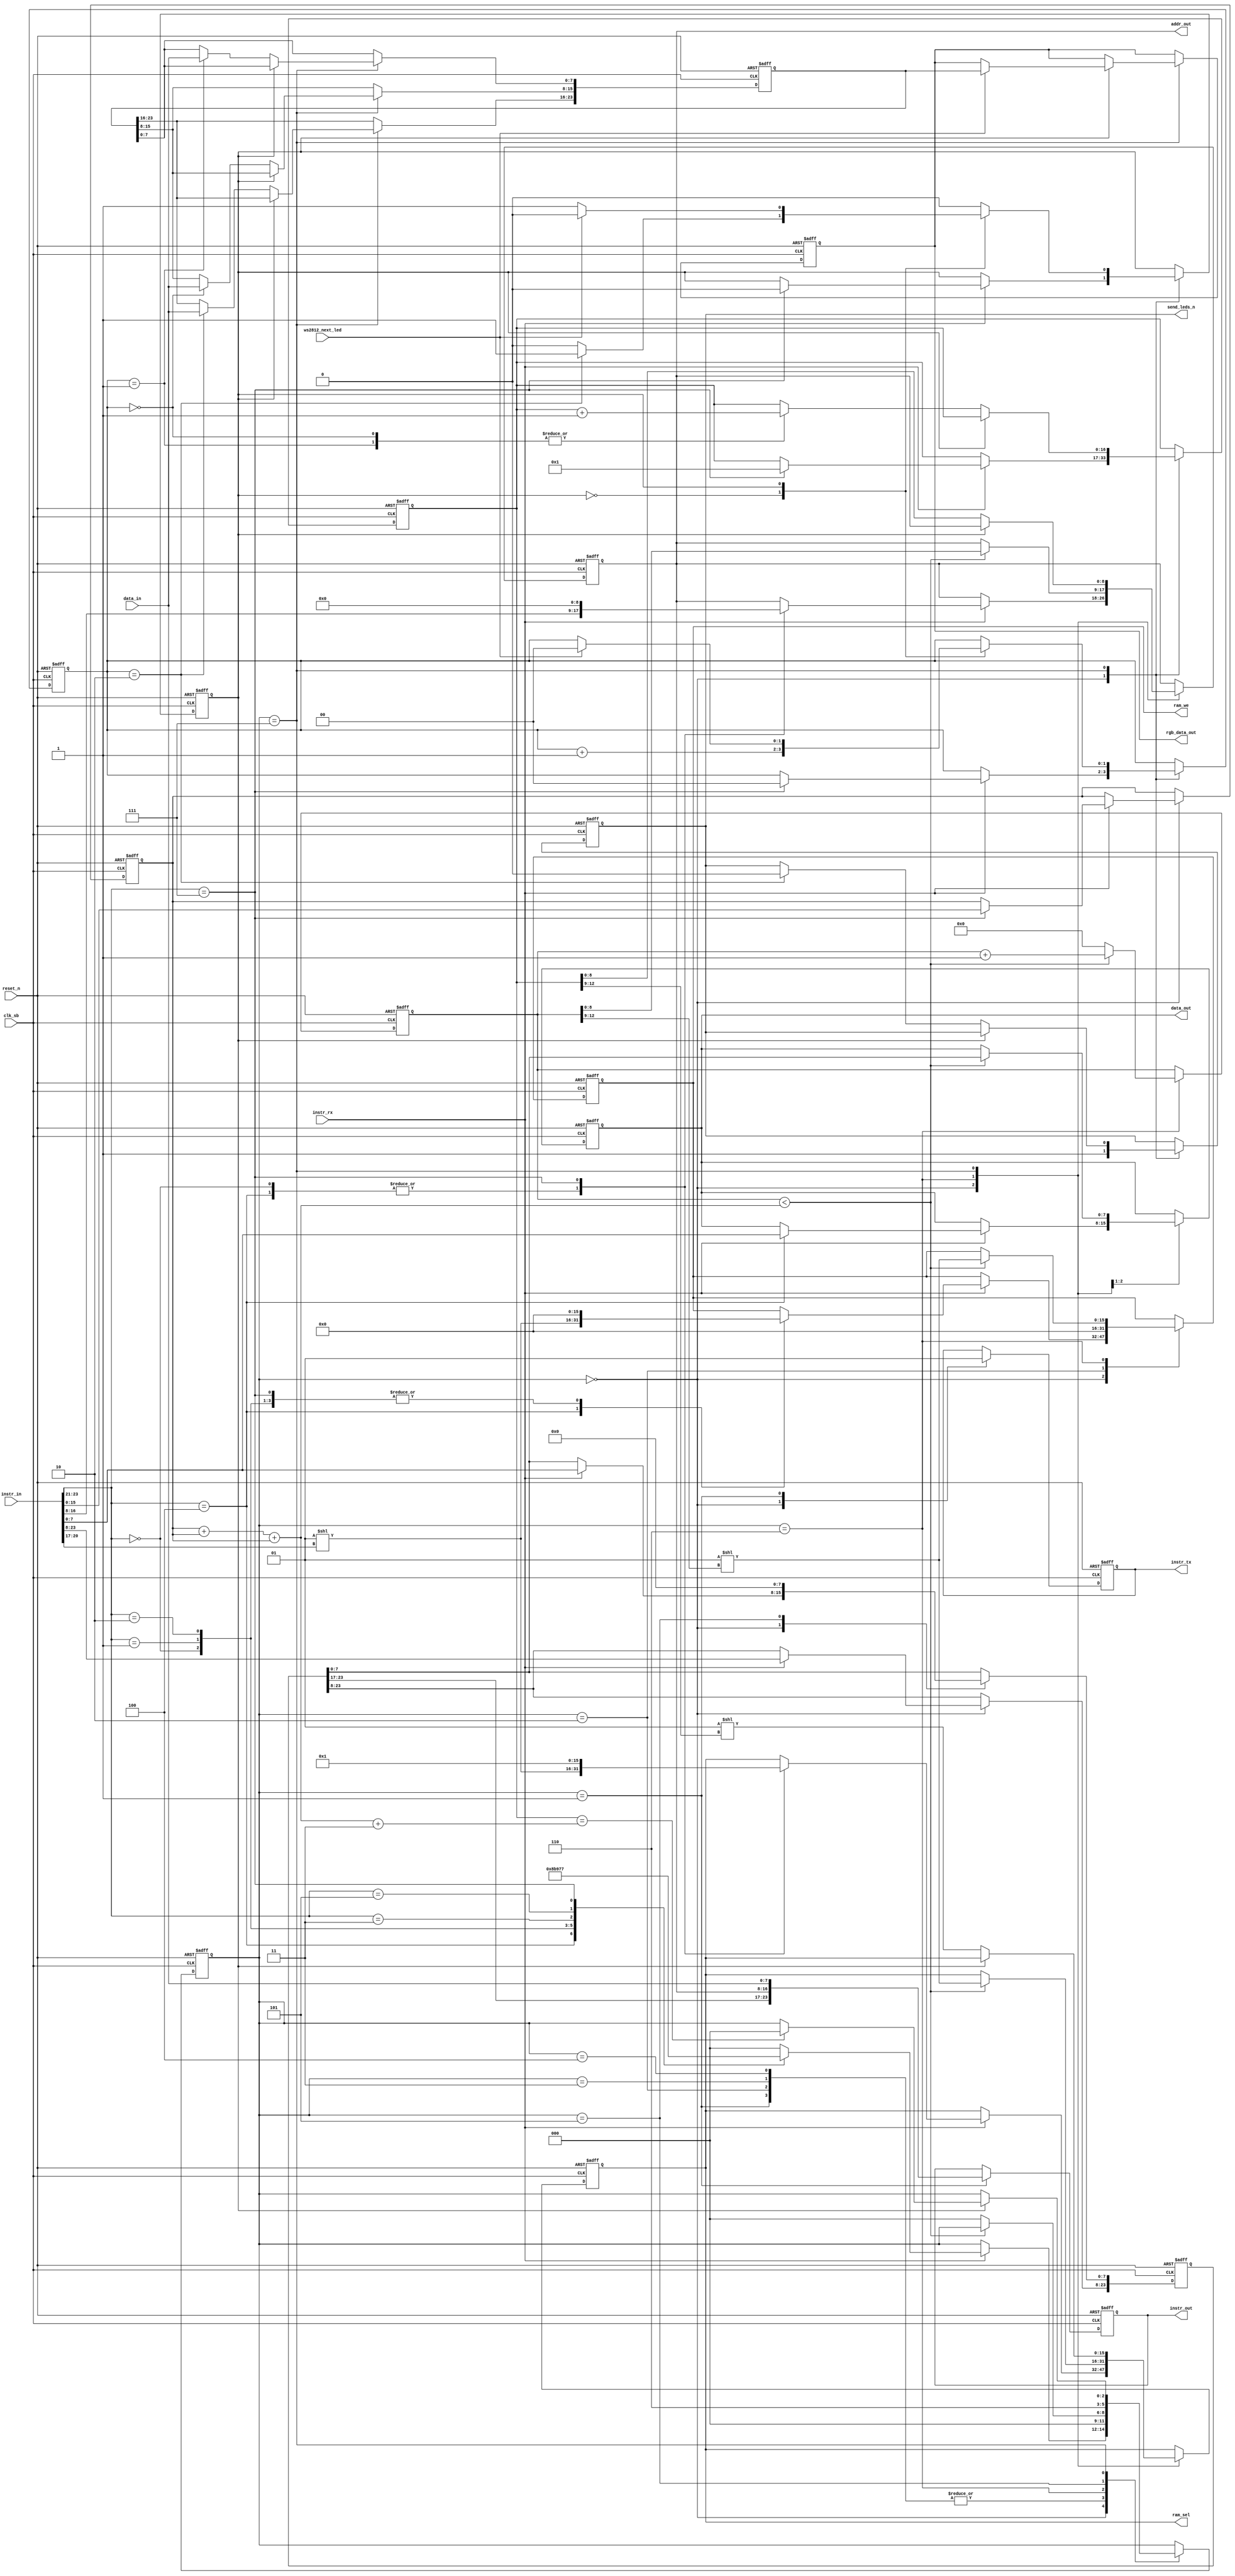
module sb_translator(
	input reset_n,
	input clk_sb,
	input [23:0] instr_in,
	input instr_rx,
	input [7:0] data_in,
	
	output reg [23:0] instr_out,
	output reg instr_tx,
	output reg [7:0] data_out,
	output reg [8:0] addr_out,
	output reg [15:0] ram_sel,
	output reg [15:0] ram_we,
	
	input ws2812_next_led,
	output reg send_leds_n,
	output reg [23:0] rgb_data_out
);

//Define state machine states
localparam STATE_IDLE = 0;
localparam STATE_READ = 1;
localparam STATE_WRITE = 2;
localparam STATE_SET_SETTING = 3;
localparam STATE_GET_SETTING = 4;
localparam STATE_CLEAR_RAM = 5;
localparam STATE_FILL_RAM = 6;
localparam STATE_SEND_LEDS = 7;

//Define settings parameters
reg [15:0] num_leds;

reg [17:0] cnt;

reg [2:0] state;
reg [23:0] instr_tmp;

//Send LED registers
reg [23:0] rgb_data_tmp;
reg [1:0] cnt_ram_read;
reg [16:0] cnt_leds;

//Define WS2812 controller states
localparam STATE_SEND_LEDS_PREPARE_DATA = 0;
localparam STATE_SEND_LEDS_WAIT = 1;
reg state_leds;

always @(posedge clk_sb or negedge reset_n)
begin
	if(~reset_n)
	begin
		state <= STATE_IDLE;
		cnt <= 0;
		instr_tx <= 0;
		instr_tmp <= 0;
		rgb_data_out <= 0;
		rgb_data_tmp <= 0;
		cnt_ram_read <= 0;
		cnt_leds <= 0;
		num_leds <= 0;
		ram_sel <= 0;
		ram_we <= 0;
		send_leds_n <= 0;
		data_out <= 0;
		addr_out <= 0;
		instr_out <= 0;
		state_leds <= STATE_SEND_LEDS_PREPARE_DATA;
	end
	else
	begin
		case(state)
			STATE_IDLE : begin
				instr_tx <= 1'b0;
				send_leds_n <= 1'b1; //Invert for active low
				if(instr_rx)
				begin
					instr_tmp <= instr_in;
					case(instr_in[23:21])
						3'b100 : begin
							state <= STATE_WRITE;
							ram_we <= 1 << instr_in[20:17];
							ram_sel <= 1 << instr_in[20:17];
							data_out <= instr_in[7:0];
							addr_out <= instr_in[16:8];
						end
						3'b000 : begin
							state <= STATE_READ;
							ram_we <= 0;
							ram_sel <= 1 << instr_in[20:17];
							addr_out <= instr_in[16:8];
						end
						3'b001 : begin
							state <= STATE_SET_SETTING;
							ram_we <= 0;
						end
						3'b010 : begin
							state <= STATE_GET_SETTING;
							ram_we <= 0;
						end
						3'b011 : begin
							state <= STATE_CLEAR_RAM;
						end
						3'b101 : begin
							state <= STATE_FILL_RAM;
						end
						3'b111 : begin
							state <= STATE_SEND_LEDS;
							state_leds <= STATE_SEND_LEDS_PREPARE_DATA;
							addr_out <= 0;
							ram_we <= 0;
							ram_sel <= 1;
							cnt_leds <= 1;
							cnt_ram_read <= 0;
							num_leds <= instr_in[15:0];
						end
						default : begin
							state <= STATE_IDLE;
						end
					endcase
				end
			end
			STATE_READ : begin
				instr_tx <= 1'b1;
				state <= STATE_IDLE;
				instr_out <= {instr_tmp[23:17], addr_out, data_in};
			end
			STATE_WRITE : begin
				state <= STATE_IDLE;
				ram_we <= 0;
			end
			STATE_SET_SETTING : begin
				state <= STATE_IDLE;
			end
			STATE_GET_SETTING : begin
				state <= STATE_IDLE;
			end
			STATE_FILL_RAM : begin
				if(cnt < num_leds + num_leds + num_leds)
				begin
					cnt <= cnt + 1;
					addr_out <= cnt[8:0];
					data_out <= instr_tmp[7:0];
					ram_we <= 1 << cnt[12:9];
					ram_sel <= 1 << cnt[12:9];
				end
				else
				begin
					state <= STATE_IDLE;
					cnt <= 0;
				end
			end
			STATE_CLEAR_RAM : begin
				instr_tmp[7:0] <= 0;
				state <= STATE_FILL_RAM;
			end
			STATE_SEND_LEDS : begin
				case(state_leds)
					STATE_SEND_LEDS_PREPARE_DATA : begin
						cnt_ram_read <= cnt_ram_read + 1;
						addr_out <= cnt_leds[8:0];
						ram_sel <= 1 << cnt_leds[12:9];
						case(cnt_ram_read)
							0 : begin
								rgb_data_tmp[15:8] <= data_in;
								cnt_leds <= cnt_leds + 1;
							end
							1 : begin
								rgb_data_tmp[7:0] <= data_in;
								cnt_leds <= cnt_leds + 1;
							end
							2 : begin
								rgb_data_tmp[23:16] <= data_in;
								state_leds <= STATE_SEND_LEDS_WAIT;
								send_leds_n <= 0;
							end
							3 : begin
								//Do nothing
							end
							default : begin
								//Do nothing
							end
						endcase
					end
					STATE_SEND_LEDS_WAIT : begin
						if(cnt_leds == num_leds + num_leds + num_leds + 3)
							state <= STATE_IDLE;
						if(ws2812_next_led)
						begin
							rgb_data_out <= rgb_data_tmp;
							state_leds <= STATE_SEND_LEDS_PREPARE_DATA;
							cnt_ram_read <= 0;
						end
					end
					default : begin
						state <= STATE_IDLE;
					end
				endcase
			end
			default : begin
				state <= STATE_IDLE;
			end
		endcase
	end
end

endmodule